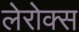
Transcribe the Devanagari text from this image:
लेरोक्स